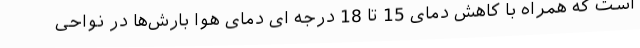
است که همراه با کاهش دمای 15 تا 18 درجه ای دمای هوا بارش‌ها در نواحی